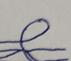
Signature authenticity: forged